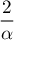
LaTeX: \frac { 2 } { \alpha }